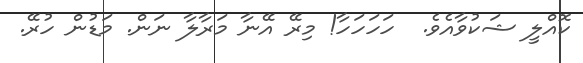
ކޮއްލީ ޝަކުވާއެވެ.  ހަހަހަހާ! މިރޭ އޭނާ މަރާލާ ނަން. މަޑުން ހުރޭ.